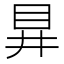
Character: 𭾞